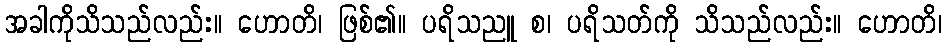
အခါကိုသိသည်လည်း။ ဟောတိ၊ ဖြစ်၏။ ပရိသညူ စ၊ ပရိသတ်ကို သိသည်လည်း။ ဟောတိ၊